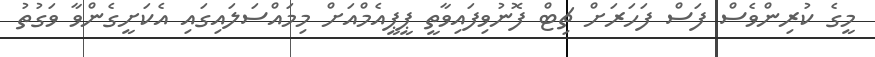
މީގެ ކުރިންވެސް ފަސް ފަހަރަށް ޗިޓް ފޮނުވިފައިވާތީ ޕީޕީއެމްއަށް މިމައްސަލައިގައި އެކަށީގެންވާ ވަގުތު